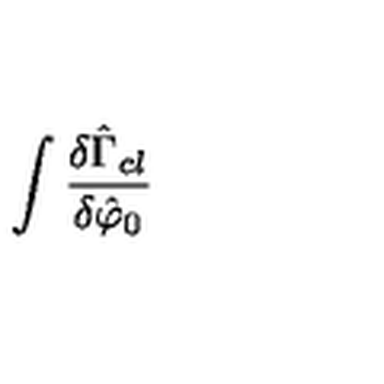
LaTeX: \int \frac { \delta \hat { \Gamma } _ { c l } } { \delta \hat { \varphi } _ { 0 } }